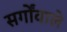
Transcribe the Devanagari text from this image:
सर्गोंवाले